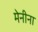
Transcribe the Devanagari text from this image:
मेनीना